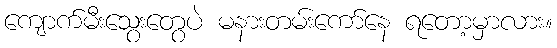
ကျောက်မီးသွေးတွေပဲ မနားတမ်းကော်နေ ရတော့မှာလား။